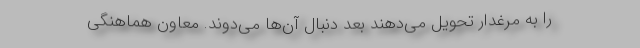
را به مرغدار تحویل می‌دهند بعد دنبال آن‌‌ها می‌دوند. معاون هماهنگی